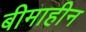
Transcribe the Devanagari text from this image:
बीमाहीन